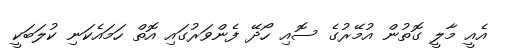
އެއީ މާލީ ގޮތުން އުމޭރުގެ ސޮއި ހޯދޭ ފެންވަރުގައި އޮތް ހަމައެކަނި ކުލަބަކީ